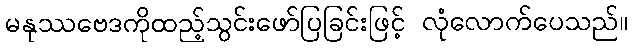
မနုဿဗေဒကိုထည့်သွင်းဖော်ပြခြင်းဖြင့် လုံလောက်ပေသည်။